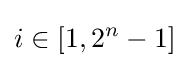
i\in [1,2^{n}-1]